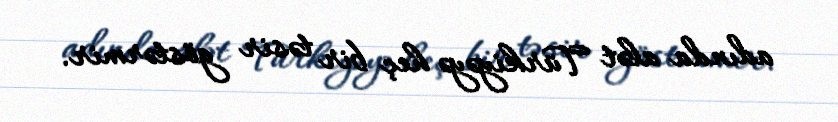
adında alət Türkiyəyə heç bir təsir göstərmir.